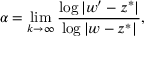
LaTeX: \alpha = \operatorname* { l i m } _ { k \to \infty } { \frac { \log | w ^ { \prime } - z ^ { * } | } { \log | w - z ^ { * } | } } ,